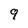
Character: 9